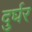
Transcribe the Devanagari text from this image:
दुर्घर